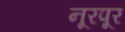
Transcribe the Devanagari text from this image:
नूरपूर